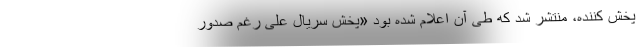
پخش کننده، منتشر شد که طی آن اعلام شده بود «پخش سریال علی رغم صدور